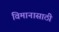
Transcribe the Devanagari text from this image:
विमानासाठी